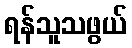
ရန်သူသဖွယ်